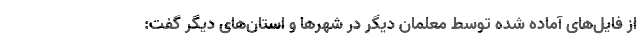
از فایل‌های آماده شده توسط معلمان دیگر در شهرها و استان‌های دیگر گفت: